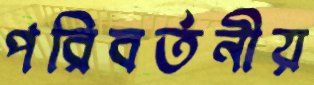
পরিবর্তনীয়